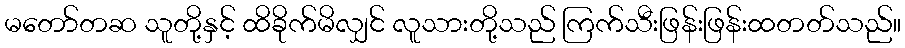
မတော်တဆ သူတို့နှင့် ထိခိုက်မိလျှင် လူသားတို့သည် ကြက်သီးဖြန်းဖြန်းထတတ်သည်။